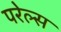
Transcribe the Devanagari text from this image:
परेल्स